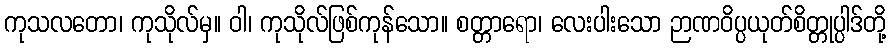
ကုသလတော၊ ကုသိုလ်မှ။ ဝါ၊ ကုသိုလ်ဖြစ်ကုန်သော။ စတ္တာရော၊ လေးပါးသော ဉာဏဝိပ္ပယုတ်စိတ္တုပ္ပါဒ်တို့